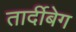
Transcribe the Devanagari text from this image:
तार्दीबेग